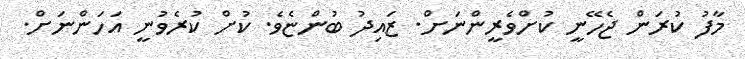
މާފު ކުރަން ޖެހޭނީ ކުށްވެރީންނަށް. ޒައިދު ބުންޏެވެ. ކުށް ކުރެވުނީ އަހަންނަށް.